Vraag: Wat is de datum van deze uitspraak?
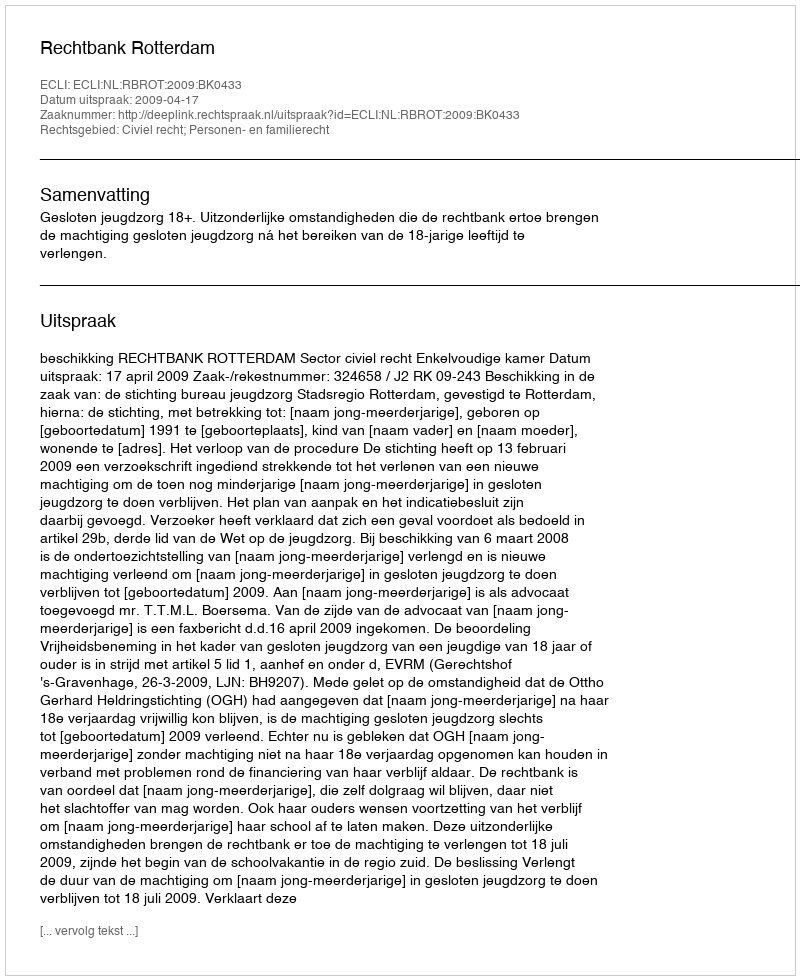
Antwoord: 2009-04-17